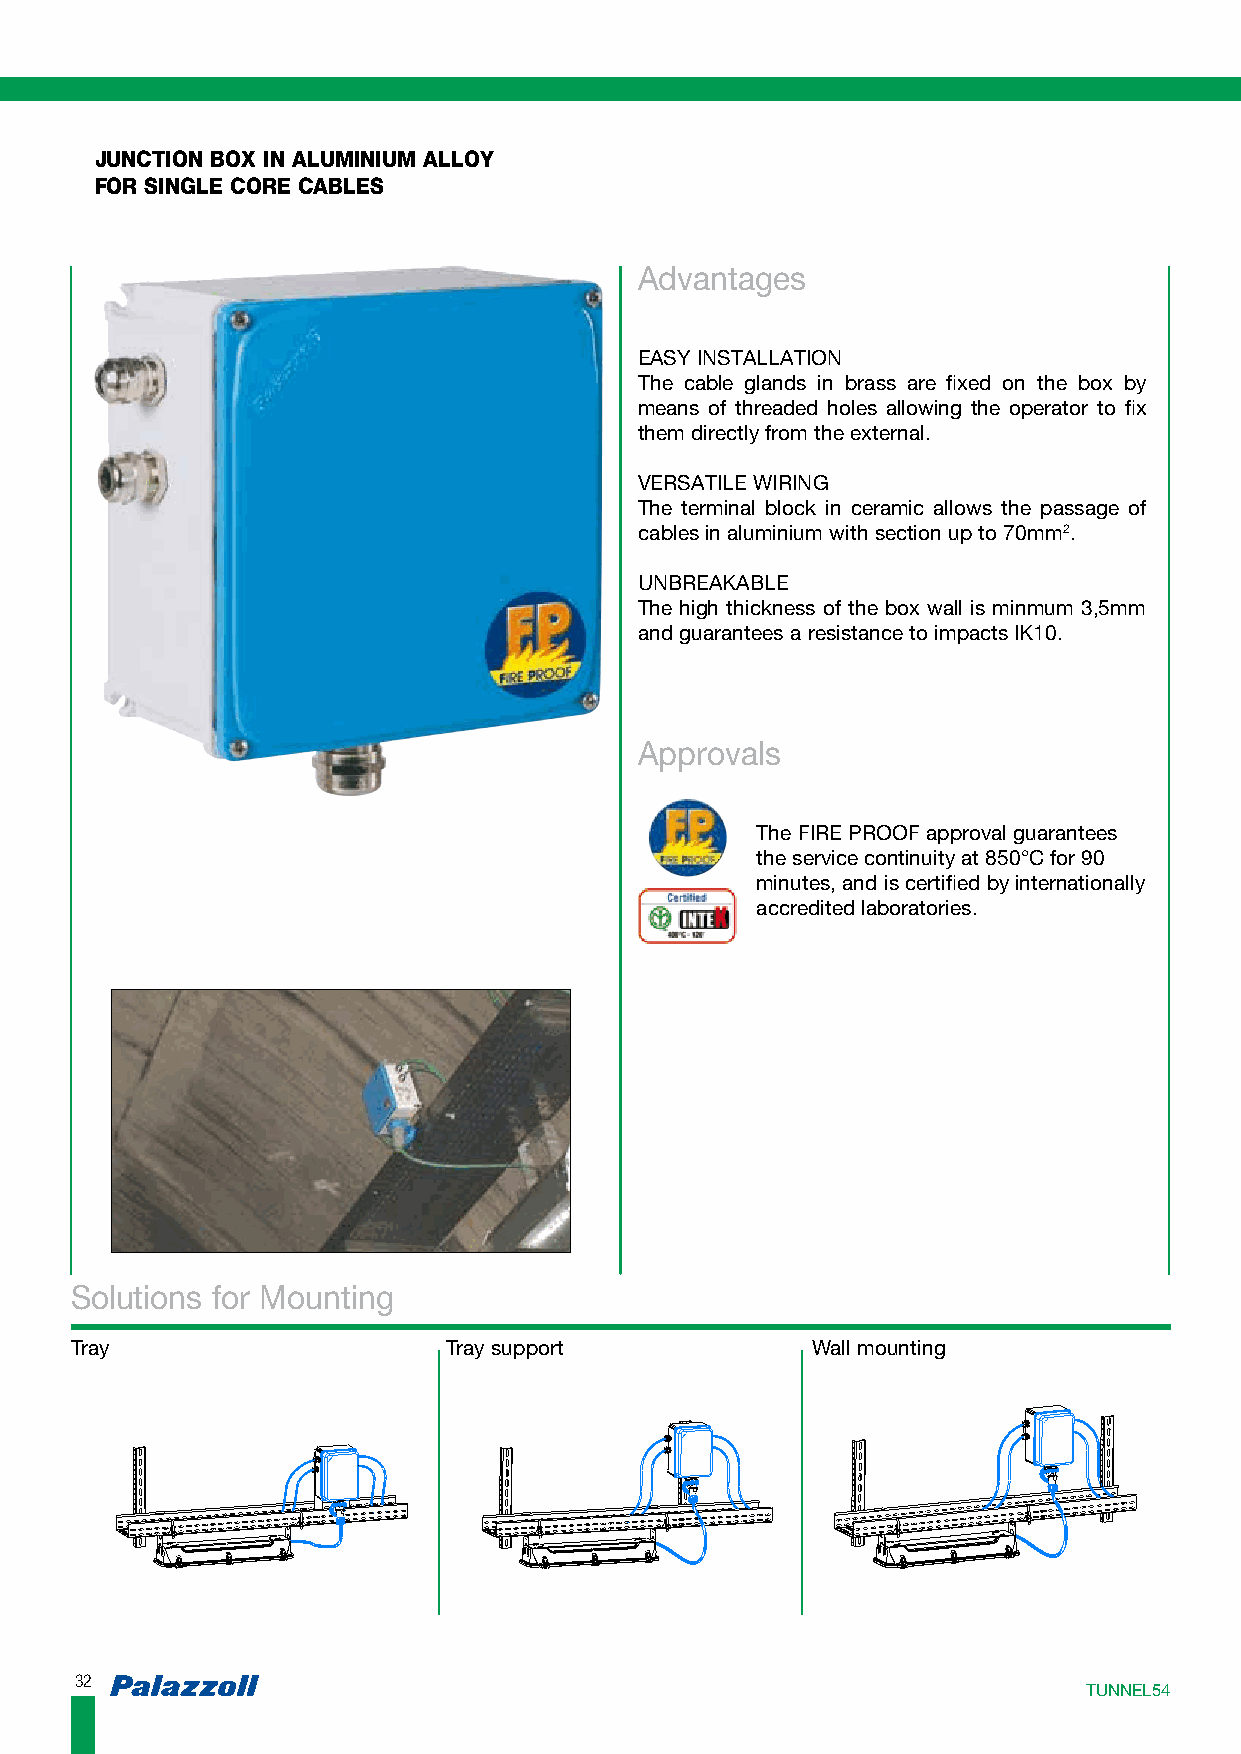
JUNCTION BOX IN ALUMINIUM ALLOY
 FOR SINGLE CORE CABLES
 Advantages
 EASY INSTALLATION
 The cable glands in brass are fixed on the box by
 means of threaded holes allowing the operator to fix
 them directly from the external.
 VERSATILE WIRING
 The terminal block in ceramic allows the passage of
 cables in aluminium with section up to 70mm2.
 UNBREAKABLE
 The high thickness of the box wall is minmum 3,5mm
 and guarantees a resistance to impacts IK10.
 Approvals
 The FIRE PROOF approval guarantees
 the service continuity at 850°C for 90
 minutes, and is certified by internationally
 accredited laboratories.
 Solutions for Mounting
 Tray                     Tray support            Wall mounting
 3322
 TTUUNNNNEELL5544